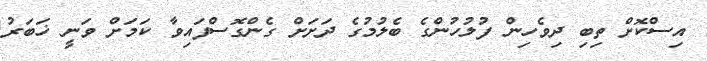
އިސްކޮށް ތިބި ދިވެހިން ފުލުހުންގެ ބެލުމުގެ ދަށަށް ގެންގޮސްފައިވާ ކަމަށް ވަނީ ޚަބަރު